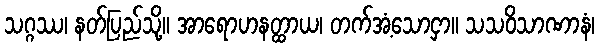
သဂ္ဂဿ၊ နတ်ပြည်သို့။ အာရောဟနတ္ထာယ၊ တက်အံ့သောငှာ။ သသဝိသာဏာနံ၊